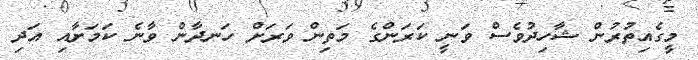
މީގެއިތުރުން ޝާހިދުވެސް ވަނީ ކަރަންގެ މަތިން ވަރަށް ހަނދާން ވާނެ ކަމަށާއި އަދި